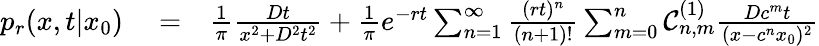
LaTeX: \begin{array}{rlr}{p_{r}(x,t|x_{0})}&{{}=}&{\frac{1}{\pi}\frac{Dt}{x^{2}+D^{2}t^{2}}+\frac{1}{\pi}e^{-rt}\sum_{n=1}^{\infty}\frac{(rt)^{n}}{(n+1)!}\sum_{m=0}^{n}\mathcal{C}_{n,m}^{(1)}\frac{Dc^{m}t}{(x-c^{n}x_{0})^{2}}}\end{array}